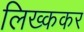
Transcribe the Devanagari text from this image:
लिख्ककर